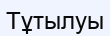
Тұтылуы